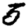
Digit: 5